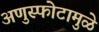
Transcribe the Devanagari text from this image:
अणुस्फोटामुळे